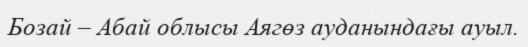
Бозай – Абай облысы Аягөз ауданындағы ауыл.